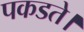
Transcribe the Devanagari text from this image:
पकडते।